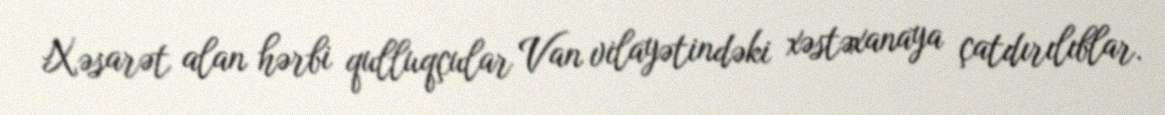
Xəsarət alan hərbi qulluqçular Van vilayətindəki xəstəxanaya çatdırılıblar.